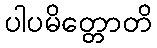
ပါပမိတ္တောတိ